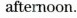
afternoon.